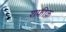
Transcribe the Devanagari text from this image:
शफीक़